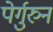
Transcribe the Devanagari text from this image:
पेर्गुरुन